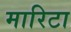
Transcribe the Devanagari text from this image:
मारिटा